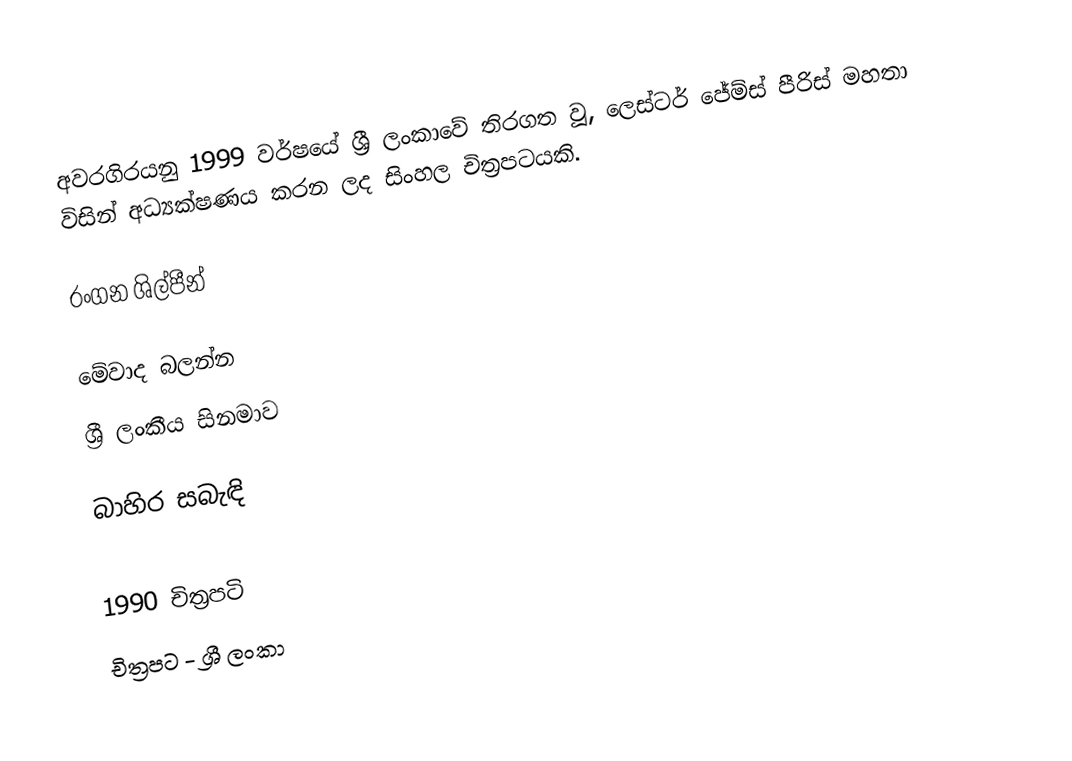
අවරගිරයනු 1999 වර්ෂයේ ශ්‍රී ලංකාවේ තිරගත වූ, ලෙස්ටර් ජේම්ස් පීරිස් මහතා විසින් අධ්‍යක්ෂණය කරන ලද සිංහල චිත්‍රපටයකි.

රංගන ශිල්පීන්

මේවාද බලන්න
ශ්‍රී ලංකීය සිනමාව

බාහිර සබැඳි

1990 චිත්‍රපටි
චිත්‍රපට - ශ්‍රී ලංකා